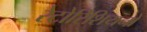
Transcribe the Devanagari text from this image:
रेटोरिशियनों